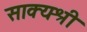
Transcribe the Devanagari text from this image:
साक्यश्री